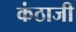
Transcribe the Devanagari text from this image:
कंठाजी